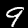
Label: 9